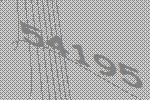
54195